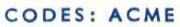
CODES: ACME